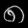
Digit: ၈